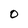
Character: O